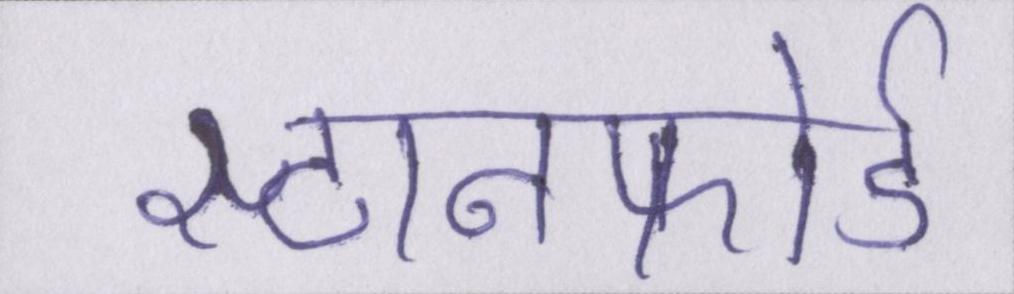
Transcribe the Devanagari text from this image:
स्टानफोर्ड